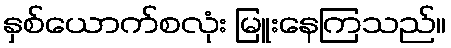
နှစ်ယောက်စလုံး မြူးနေကြသည်။